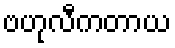
ဗဟုလီကတာယ